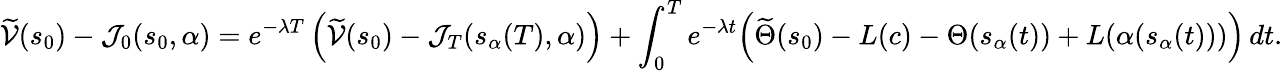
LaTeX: \widetilde{\mathcal{V}}(s_{0})-\mathcal{J}_{0}(s_{0},\alpha)=e^{-\lambda T}\left(\widetilde{\mathcal{V}}(s_{0})-\mathcal{J}_{T}(s_{\alpha}(T),\alpha)\right)+\int_{0}^{T}e^{-\lambda t}\Bigl(\widetilde{\Theta}(s_{0})-L(c)-{\Theta}(s_{\alpha}(t))+L(\alpha(s_{\alpha}(t)))\Bigr)\, dt.